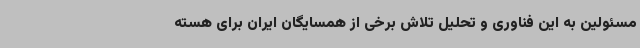
مسئولین به این فناوری و تحلیل تلاش برخی از همسایگان ایران برای هسته